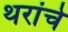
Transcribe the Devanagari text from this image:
थरांचे